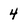
Character: 4